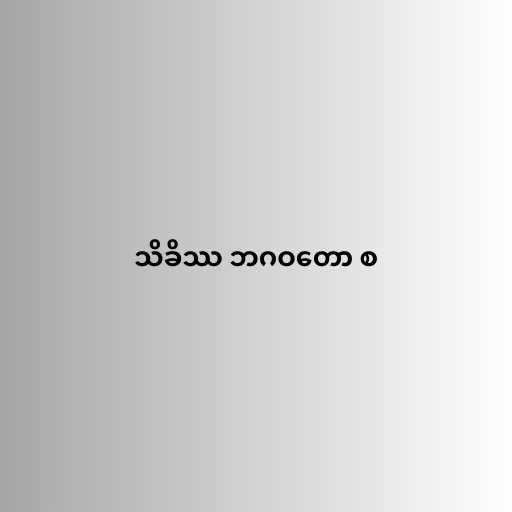
သိခိဿ ဘဂဝတော စ